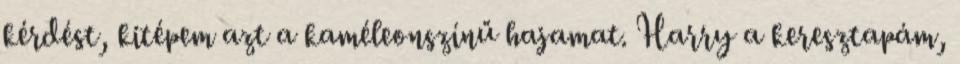
kérdést, kitépem azt a kaméleonszínű hajamat. Harry a keresztapám,